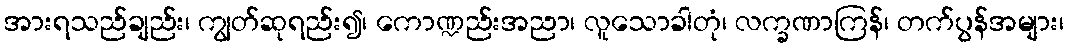
အားရသည်ချည်း၊ ကျွတ်ဆုရည်း၍၊ ကောဏ္ဍည်းအညာ၊ လူသောခါတုံ၊ လက္ခဏာကြန်၊ တက်ပွန်အများ၊